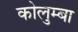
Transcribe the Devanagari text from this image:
कोलुम्बा